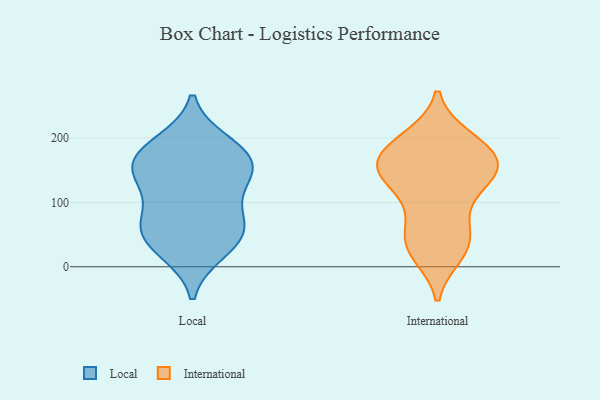
{"axis": {"x": "Net Income (USD K)", "y": "Value"}, "legend": ["International", "Local"], "data": [{"x": "", "y": 165, "type": "Local"}, {"x": "", "y": 22, "type": "Local"}, {"x": "", "y": 60, "type": "Local"}, {"x": "", "y": 131, "type": "Local"}, {"x": "", "y": 50, "type": "Local"}, {"x": "", "y": 166, "type": "Local"}, {"x": "", "y": 77, "type": "Local"}, {"x": "", "y": 126, "type": "Local"}, {"x": "", "y": 133, "type": "Local"}, {"x": "", "y": 60, "type": "Local"}, {"x": "", "y": 24, "type": "Local"}, {"x": "", "y": 194, "type": "Local"}, {"x": "", "y": 168, "type": "Local"}, {"x": "", "y": 192, "type": "Local"}, {"x": "", "y": 70, "type": "Local"}, {"x": "", "y": 155, "type": "Local"}, {"x": "", "y": 183, "type": "International"}, {"x": "", "y": 148, "type": "International"}, {"x": "", "y": 192, "type": "International"}, {"x": "", "y": 139, "type": "International"}, {"x": "", "y": 34, "type": "International"}, {"x": "", "y": 158, "type": "International"}, {"x": "", "y": 70, "type": "International"}, {"x": "", "y": 130, "type": "International"}, {"x": "", "y": 38, "type": "International"}, {"x": "", "y": 74, "type": "International"}, {"x": "", "y": 163, "type": "International"}, {"x": "", "y": 151, "type": "International"}, {"x": "", "y": 21, "type": "International"}, {"x": "", "y": 26, "type": "International"}, {"x": "", "y": 125, "type": "International"}, {"x": "", "y": 191, "type": "International"}, {"x": "", "y": 199, "type": "International"}, {"x": "", "y": 157, "type": "International"}]}